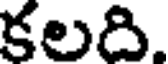
కలది.